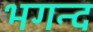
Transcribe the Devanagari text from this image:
भगन्द